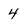
Character: 4